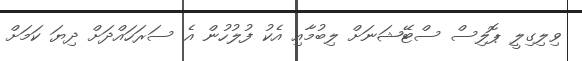
ވިލިގިލީ ޕޮލިސް ސްޓޭޝަނަށް ލިބުމާއި އެކު ފުލުހުން އެ ސަރަހައްދަށް ދިޔަ ކަަމަށް